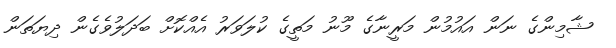
ޝާމިންގެ ނަން އައުމުން މަރީނާގެ މޫނު މަތީގެ ކުލަވަރު އެއްކޮށް ބަދަލުވެގެން ދިޔަތަން